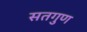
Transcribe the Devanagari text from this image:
सतगुण